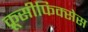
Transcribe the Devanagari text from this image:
क्रूसीफिक्‍सेस